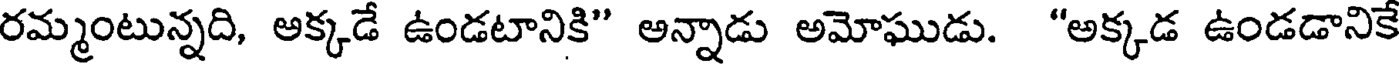
రమ్మంటున్నది, అక్కడే ఉండటానికి" అన్నాడు అమోఘుడు. "అక్కడ ఉండడానికే